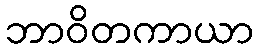
ဘာဝိတကာယာ